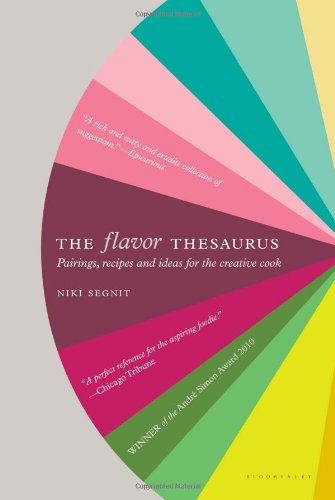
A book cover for The Flavor Thesaurus: A Compendium of Pairings, Recipes and Ideas for the Creative Cook; Niki Segnit; Reference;